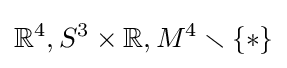
{\mathbb {R} }^{4},S^{3}\times {\mathbb {R} },M^{4}\smallsetminus \{*\}